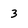
Character: 3